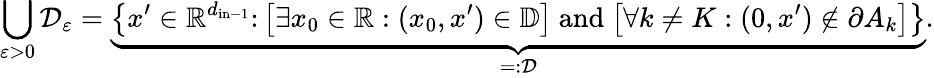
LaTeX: \bigcup_{\varepsilon>0}\mathcal D_{\varepsilon}=\underbrace{\bigl\{ x^{\prime}\in{\mathbb R}^{d_{\mathrm{in}-1}}\colon\bigl[\exists x_{0}\in{\mathbb R}:(x_{0},x^{\prime})\in\mathbb D\bigr]\mathrm{~and~}\bigl[\forall k\not=K:(0,x^{\prime})\not\in\partial A_{k}\bigr]\bigr\} }_{=\colon\mathcal D}.